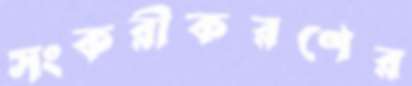
সংকরীকরণের